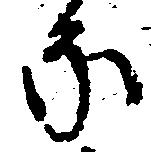
な